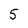
Character: 5